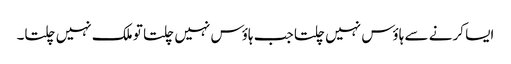
ایسا کرنے سے ہاؤس نہیں چلتا جب ہاؤس نہیں چلتا تو ملک نہیں چلتا۔